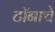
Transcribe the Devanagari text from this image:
टॉनाचे